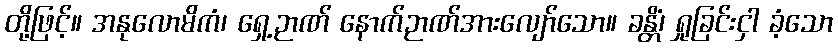
တို့ဖြင့်။ အနုလောမိကံ၊ ရှေ့ဉာဏ် နောက်ဉာဏ်အားလျော်သော။ ခန္တိံ၊ ရှုခြင်းငှါ ခံ့သော